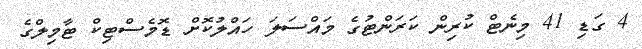
4 ގަޑި 41 މިނެޓް ކުރިން ކަރަންޓުގެ މައްސަލަ ހައްލުކޮށް ޑޮމެސްޓިކް ޓާމިލްގެ